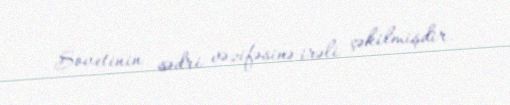
Sovetinin sədri vəzifəsinə irəli çəkilmişdir.